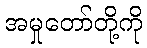
အမှုတော်တို့ကို